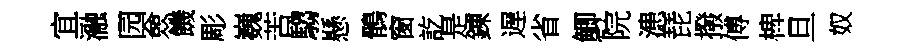
宜瀜园僉饑彫巍苦騶懸鶻窗訖是錬遅省鯽院漶琵撥傅椑旦奴